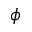
\phi